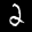
Digit: 2